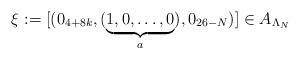
LaTeX: \begin{align*}\xi:=[(0_{4+8k},(\underbrace{1,0,\ldots,0}_{a}),0_{26-N})]\in A_{\Lambda_N}\end{align*}